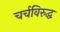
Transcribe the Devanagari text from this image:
चर्चविरुद्ध